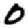
Digit: 0